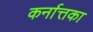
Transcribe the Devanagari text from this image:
कर्नात्तका